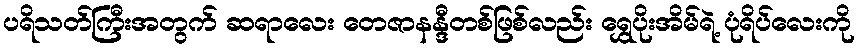
ပရိသတ်ကြီးအတွက် ဆရာလေး တေဇာနန္ဒီတစ်ဖြစ်လည်း ရွှေပိုးအိမ်ရဲ့ ပုံရိပ်လေးကို